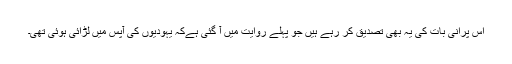
اس پرانی بات کی یہ بھی تصدیق کر رہے ہیں جو پہلے روایت میں آ گئی ہےکہ یہودیوں کی آپس میں لڑائی ہوئی تھی۔